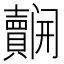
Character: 𮚬